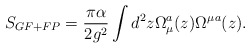
\begin{align*}S_{GF+FP} = {\pi \alpha \over 2g^2} \int d^2z \Omega_\mu^a(z) \Omega^\mu{}^a(z) .\end{align*}